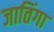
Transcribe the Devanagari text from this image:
जातिंगा